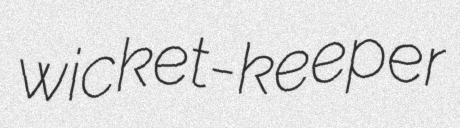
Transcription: wicket-keeper